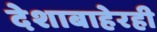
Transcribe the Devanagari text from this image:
देशाबाहेरही